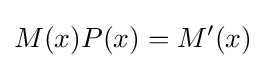
M(x)P(x)=M'(x)